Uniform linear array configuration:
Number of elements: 16
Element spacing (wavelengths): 0.75
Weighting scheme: exponential
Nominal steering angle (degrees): -15
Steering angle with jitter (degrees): -16.53
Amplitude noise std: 0.05
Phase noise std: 0.05

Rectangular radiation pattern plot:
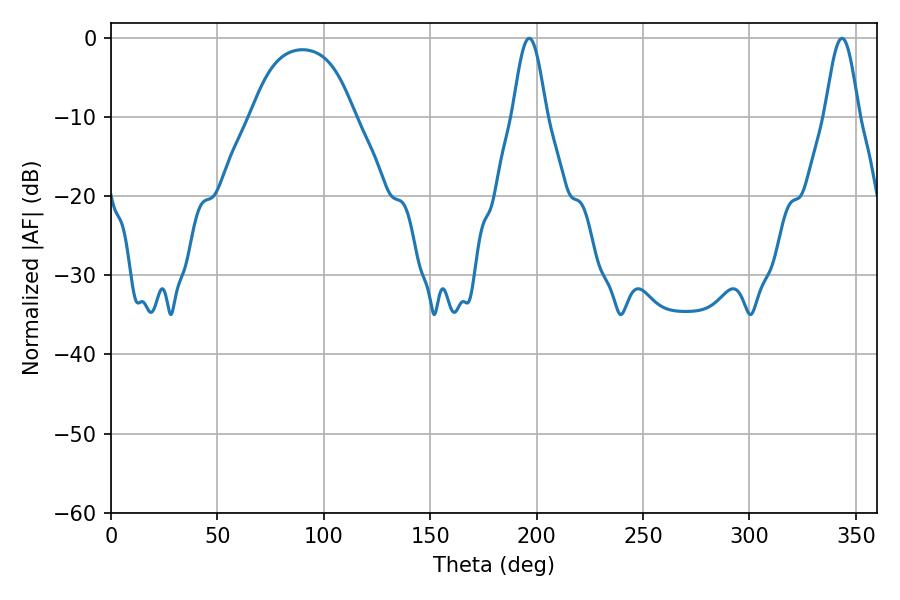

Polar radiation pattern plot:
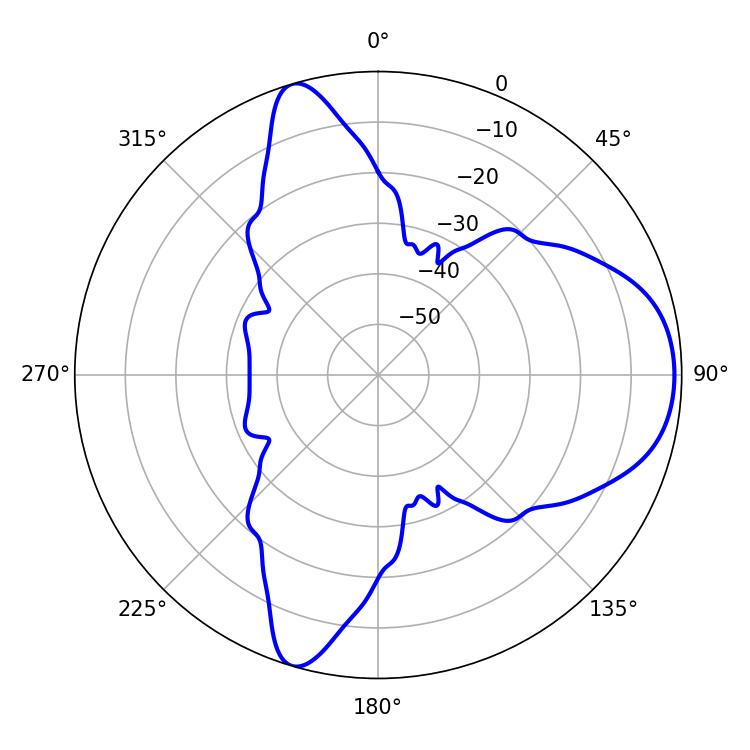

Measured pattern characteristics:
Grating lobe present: TRUE
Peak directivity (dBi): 8.009
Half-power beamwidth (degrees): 8.46
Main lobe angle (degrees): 343.44